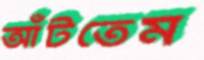
আঁটতেম